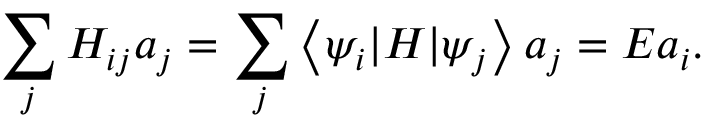
\sum _ { j } H _ { i j } a _ { j } = \sum _ { j } \left< \psi _ { i } | H | \psi _ { j } \right> a _ { j } = E a _ { i } .